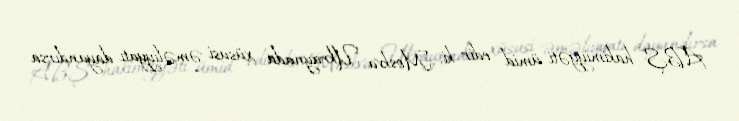
ABŞ hakimiyyəti ümid edir ki, Moskva Ukraynada xüsusi əməliyyatı dayandırsa